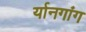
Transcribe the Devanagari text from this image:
र्यानगांग